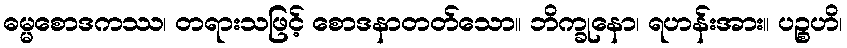
ဓမ္မစောဒကဿ၊ တရားသဖြင့် စောဒနာတတ်သော။ ဘိက္ခုနော၊ ရဟန်းအား။ ပဉ္စဟိ၊